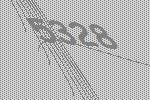
5328